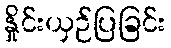
နှိုင်းယှဉ်ပြခြင်း